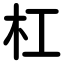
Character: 杠